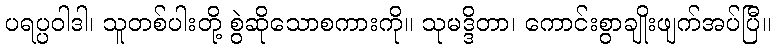
ပရပ္ပဝါဒါ၊ သူတစ်ပါးတို့ စွဲဆိုသောစကားကို။ သုမဒ္ဒိတာ၊ ကောင်းစွာချိုးဖျက်အပ်ပြီ။